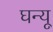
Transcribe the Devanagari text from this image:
घन्यू